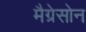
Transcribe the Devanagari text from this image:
मैग्रेसोन